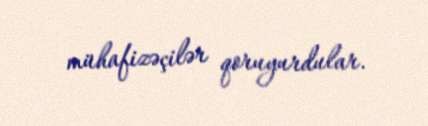
mühafizəçilər qoruyurdular.